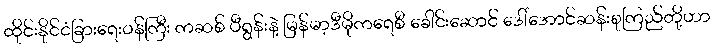
ထိုင်းနိုင်ငံခြားရေးဝန်ကြီး ကဆစ် ပီရွန်းနဲ့ မြန်မာ့ဒီမိုကရေစီ ခေါင်းဆောင် ဒေါ်အောင်ဆန်းစုကြည်တို့ဟာ